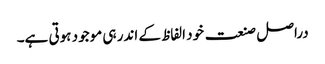
دراصل صنعت خود الفاظ کے اندر ہی موجود ہوتی ہے۔